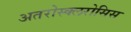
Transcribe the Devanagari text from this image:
अतरोस्क्लरोसिस